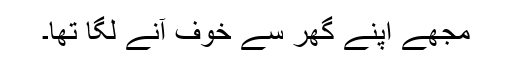
مجھے اپنے گھر سے خوف آنے لگا تھا۔